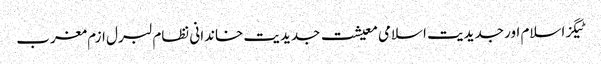
ٹیگزاسلام اور جدیدیت اسلامی معیشت جدیدیت خاندانی نظام لبرل ازم مغرب